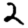
Digit: 2